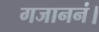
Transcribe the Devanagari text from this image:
गजाननं।